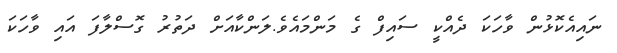
ނައިއެކޮޅުން ވާހަކަ ދެއްކީ ސައިފް ގެ މަންމައެވެ.ލަންކާއަށް ދަތުރު ގޮސްލާފަ އައި ވާހަކަ